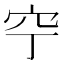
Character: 䆑